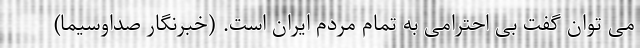
می توان گفت بی احترامی به تمام مردم ایران است. (خبرنگار صداوسیما)